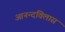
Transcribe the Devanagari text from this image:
आनन्दविलास